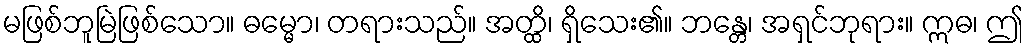
မဖြစ်ဘူမြဲဖြစ်သော။ ဓမ္မော၊ တရားသည်။ အတ္ထိ၊ ရှိသေး၏။ ဘန္တေ၊ အရှင်ဘုရား။ ဣဓ၊ ဤ